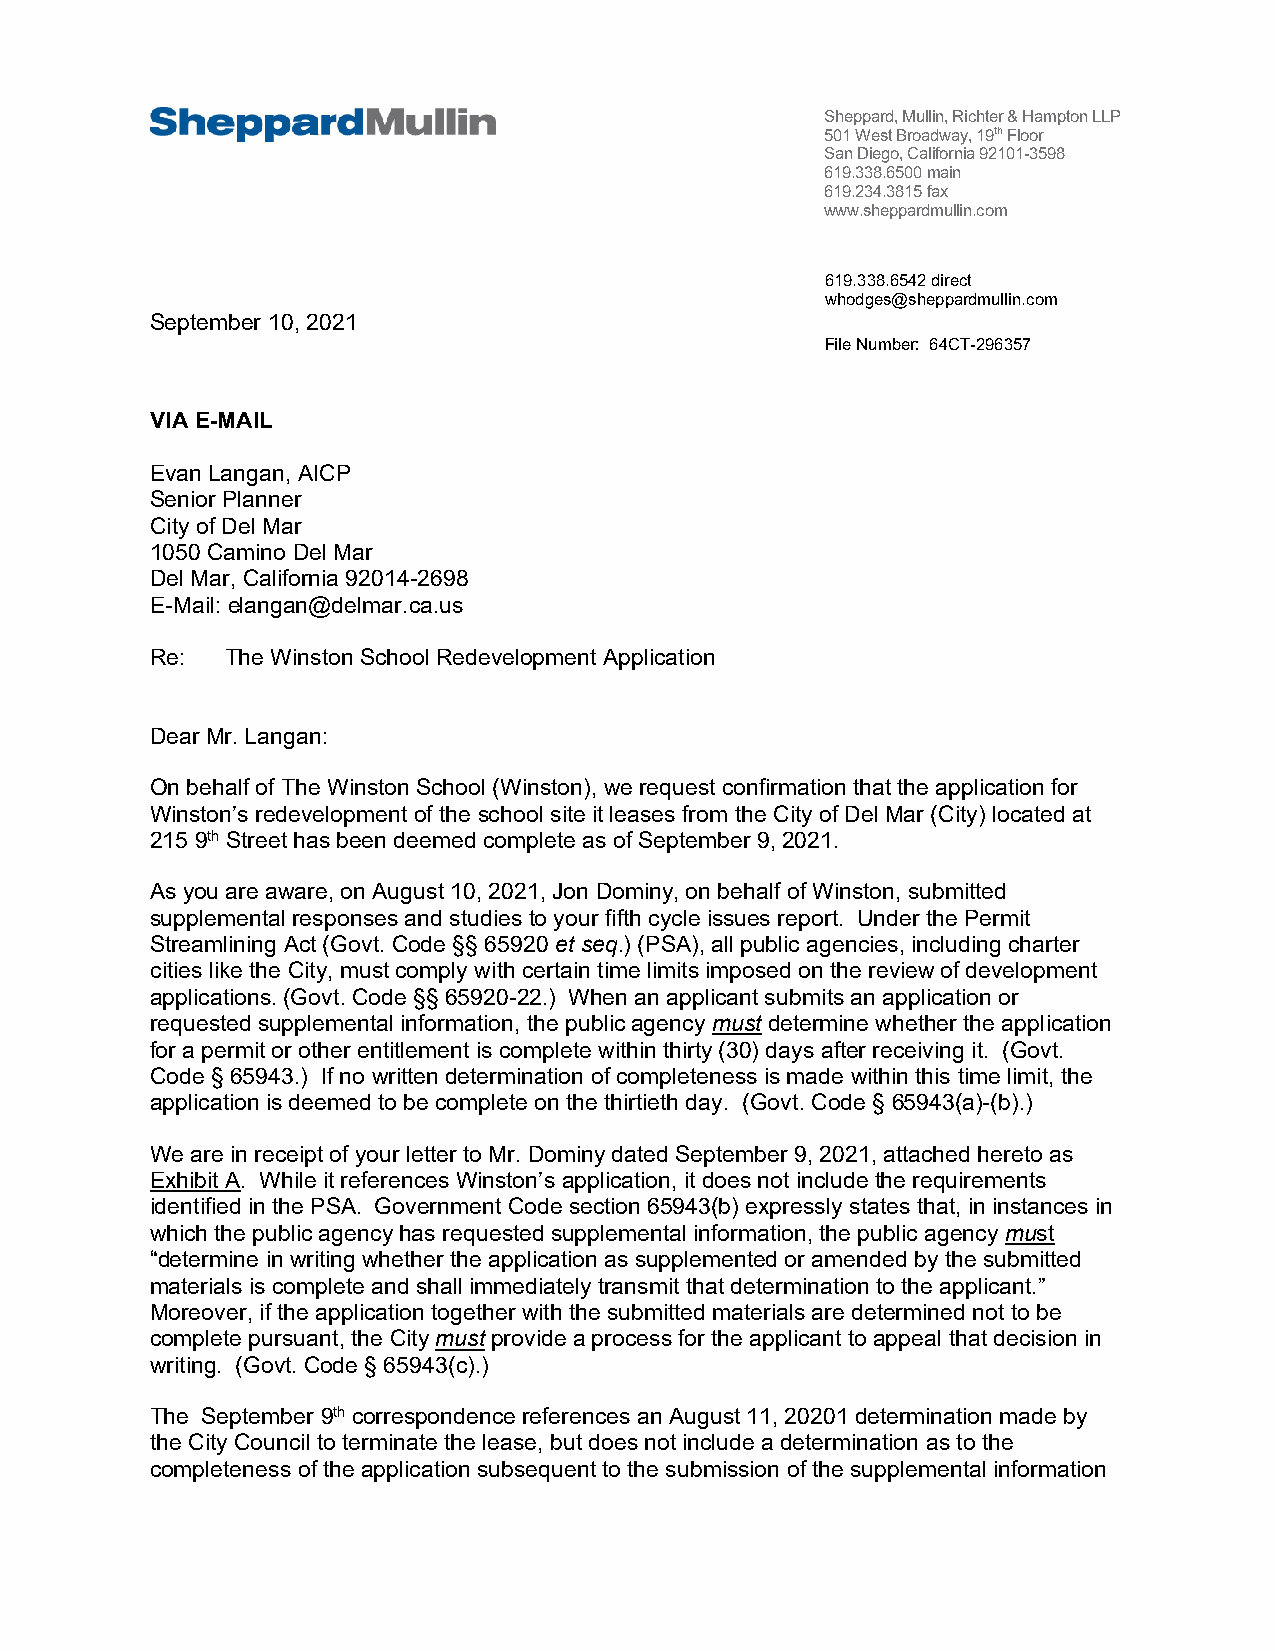
S heppardM       ullin                       Sheppard, Mullin, Richter & Hampton LLP
 501 West Broadway, 19th Floor
 San Diego, California 92101-3598
 619.338.6500 main
 619.234.3815 fax
 www.sheppardmullin.com
 619.338.6542 direct
 whodges@sheppardmullin.com
 September 10, 2021
 File Number: 64CT-296357
 VIA E-MAIL
 Evan Langan, AICP
 Senior Planner
 City of Del Mar
 1050 Camino Del Mar
 Del Mar, California 92014-2698
 E-Mail: elangan@delmar.ca.us
 Re:  The Winston School Redevelopment Application
 Dear Mr. Langan:
 On behalf of The Winston School (Winston), we request confirmation that the application for
 Winston’s redevelopment of the school site it leases from the City of Del Mar (City) located at
 215 9th Street has been deemed complete as of September 9, 2021.
 As you are aware, on August 10, 2021, Jon Dominy, on behalf of Winston, submitted
 supplemental responses and studies to your fifth cycle issues report. Under the Permit
 Streamlining Act (Govt. Code §§ 65920 et seq.) (PSA), all public agencies, including charter
 cities like the City, must comply with certain time limits imposed on the review of development
 applications. (Govt. Code §§ 65920-22.) When an applicant submits an application or
 requested supplemental information, the public agency must determine whether the application
 for a permit or other entitlement is complete within thirty (30) days after receiving it. (Govt.
 Code § 65943.) If no written determination of completeness is made within this time limit, the
 application is deemed to be complete on the thirtieth day. (Govt. Code § 65943(a)-(b).)
 We are in receipt of your letter to Mr. Dominy dated September 9, 2021, attached hereto as
 Exhibit A. While it references Winston’s application, it does not include the requirements
 identified in the PSA. Government Code section 65943(b) expressly states that, in instances in
 which the public agency has requested supplemental information, the public agency must
 “determine in writing whether the application as supplemented or amended by the submitted
 materials is complete and shall immediately transmit that determination to the applicant.”
 Moreover, if the application together with the submitted materials are determined not to be
 complete pursuant, the City must provide a process for the applicant to appeal that decision in
 writing. (Govt. Code § 65943(c).)
 The September 9th correspondence references an August 11, 20201 determination made by
 the City Council to terminate the lease, but does not include a determination as to the
 completeness of the application subsequent to the submission of the supplemental information